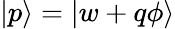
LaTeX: |p\rangle=|w+q\phi\rangle